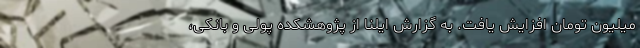
میلیون تومان افزایش یافت. به گزارش ایلنا از پژوهشکده پولی و بانکی،